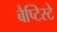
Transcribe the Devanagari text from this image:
बैप्टिस्टे